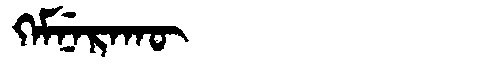
Manchu: ᡴᡝᠮᠨᡝᡵᠠᡴᡡ
Romanization: KEMNERAKŪ